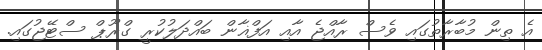
އެ ތިން މުބާރާތުގައި ވެސް ރާއްޖެ އާއި އަފްޣާން ބައްދަލުކުރީ ގްރޫޕް ސްޓޭޖުގައި.